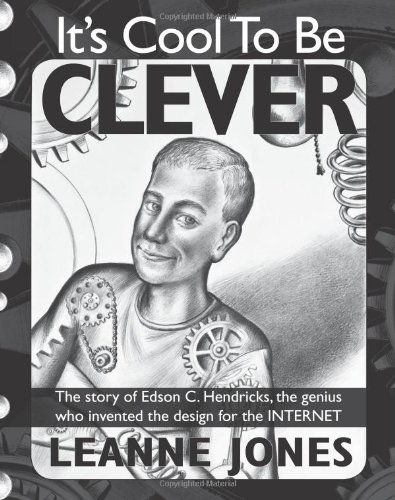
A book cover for It's Cool to Be Clever: The Story of Edson C. Hendricks, the Genius Who Invented the Design for the Internet; Leanne Jones; Children's Books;